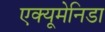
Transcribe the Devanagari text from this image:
एक्यूमेनिडा